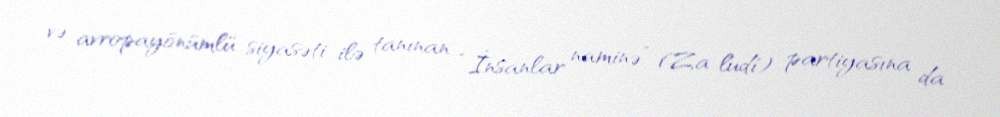
və avropayönümlü siyasəti ilə tanınan “İnsanlar naminə” (Za ľudí) partiyasına da